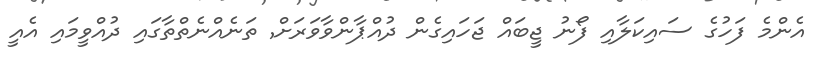
އެންމެ ފަހުގެ ސައިކަލާއި ފޯނު ޖީބައް ޖަހައިގެން ދުއްޕާންވާވަރަށް